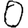
Digit: 0